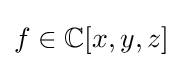
f\in \mathbb {C} [x,y,z]